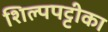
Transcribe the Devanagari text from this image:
शिल्पपट्टीका